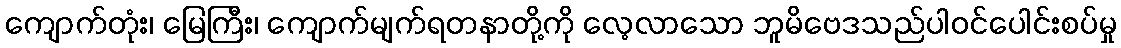
ကျောက်တုံး၊ မြေကြီး၊ ကျောက်မျက်ရတနာတို့ကို လေ့လာသော ဘူမိဗေဒသည်ပါဝင်ပေါင်းစပ်မှု